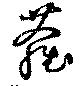
蘿